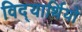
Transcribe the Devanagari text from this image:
विद्‍यार्थियों